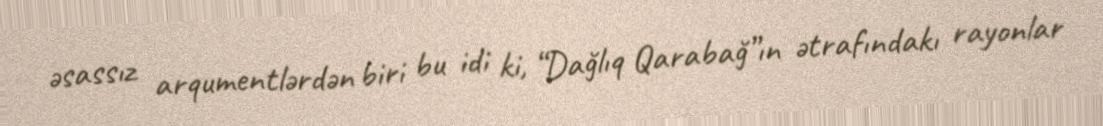
əsassız arqumentlərdən biri bu idi ki, “Dağlıq Qarabağ”ın ətrafındakı rayonlar